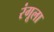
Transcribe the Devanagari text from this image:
रंगूला